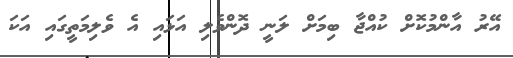
އޭރު އާންމުކޮށް ކުއްޖާ ބިމަށް ލަނީ ދޮންވެލި އަޅައި އެ ވެލިމަތީގައި އަކަ